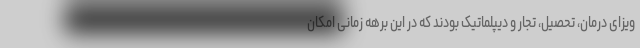
ویزای درمان، تحصیل، تجار و دیپلماتیک بودند که در این برهه زمانی امکان